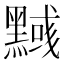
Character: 𪒃